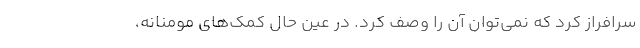
سرافراز کرد که نمی‌توان آن را وصف کرد. در عین حال کمک‌های مومنانه،